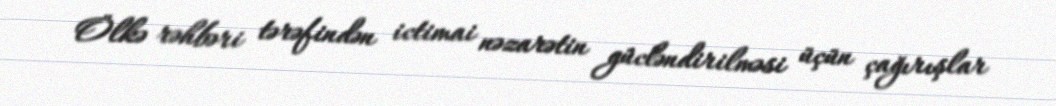
Ölkə rəhbəri tərəfindən ictimai nəzarətin gücləndirilməsi üçün çağırışlar